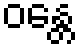
ဝန္တေ